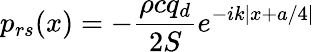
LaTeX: p_{rs}(x)=-\frac{\rho cq_{d}}{2S}e^{-ik|x+a/4|}